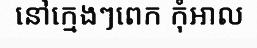
នៅក្មេងៗពេក កុំអាល